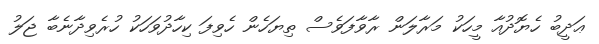
ޢަދީބު ހެޔޮދުއާ މީހަކު މަރާލަން ރާވާފަވެސް ތިޔަހެން ހެވިފަ ކިހާދުވަހަކު ހުރެވިދާނެބާ ޖަލު